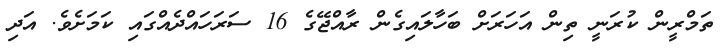
ތަމްރީން ކުރަނީ ތިން އަހަރަށް ބަހާލައިގެން ރާއްޖޭގެ 16 ސަރަހައްދެއްގައި ކަމަށެވެ. އަދި